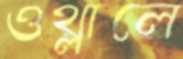
ওথ্‌লালে